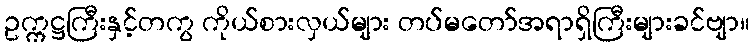
ဥက္ကဋ္ဌကြီးနှင့်တကွ ကိုယ်စားလှယ်များ တပ်မတော်အရာရှိကြီးများခင်ဗျာ။